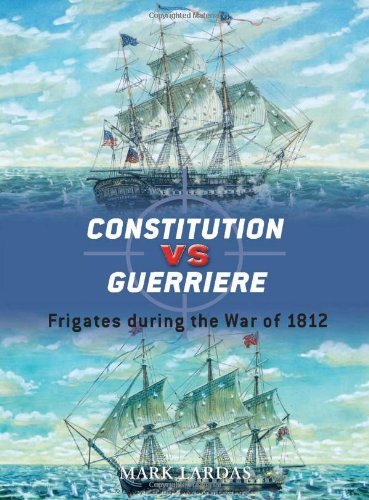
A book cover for Constitution vs Guerriere: Frigates during the War of 1812 (Duel); Mark Lardas; History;